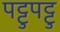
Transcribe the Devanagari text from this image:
पट्टुपट्टु